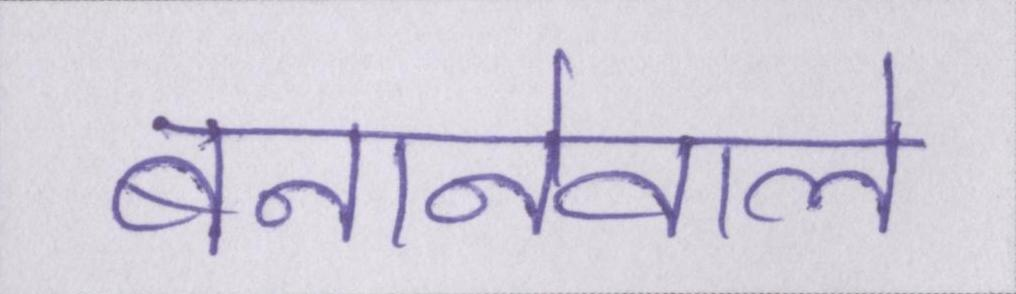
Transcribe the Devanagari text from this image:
बनानेवाले